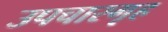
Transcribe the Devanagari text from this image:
उपचारगृह